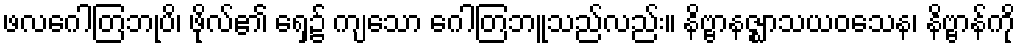
ဖလဂေါတြဘုပိ၊ ဖိုလ်၏ ရှေ့၌ ကျသော ဂေါတြဘူသည်လည်း။ နိဗ္ဗာနဇ္ဈာသယဝသေန၊ နိဗ္ဗာန်ကို